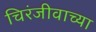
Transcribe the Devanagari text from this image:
चिरंजीवाच्या